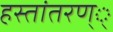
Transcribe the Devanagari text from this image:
हस्तांतरण््